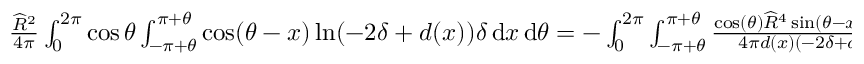
\begin{array} { r } { \frac { \widehat { R } ^ { 2 } } { 4 \pi } \int _ { 0 } ^ { 2 \pi } \cos \theta \int _ { - \pi + \theta } ^ { \pi + \theta } \cos ( \theta - x ) \ln ( - 2 \delta + d ( x ) ) \delta \, { \mathrm { d } } x \, { \mathrm { d } } \theta = - \int _ { 0 } ^ { 2 \pi } \int _ { - \pi + \theta } ^ { \pi + \theta } \frac { \cos ( \theta ) \widehat { R } ^ { 4 } \sin ( \theta - x ) \sin x \delta } { 4 \pi d ( x ) \left( - 2 \delta + d ( x ) \right) } \, { \mathrm { d } } x \, { \mathrm { d } } \theta , } \end{array}